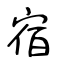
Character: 宿